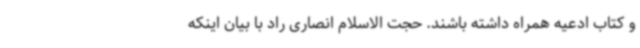
و کتاب ادعیه همراه داشته باشند. حجت الاسلام انصاری راد با بیان اینکه